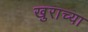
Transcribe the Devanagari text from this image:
खुराच्या